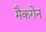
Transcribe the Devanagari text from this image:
मैकगेन